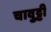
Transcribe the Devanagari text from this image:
चावुट्टी